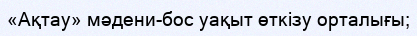
«Ақтау» мәдени-бос уақыт өткізу орталығы;